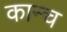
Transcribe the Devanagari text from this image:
कान्च